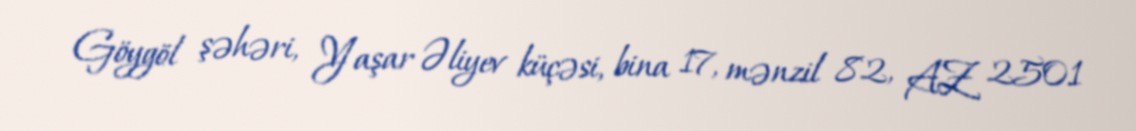
Göygöl şəhəri, Yaşar Əliyev küçəsi, bina 17, mənzil 82, AZ 2501